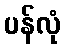
ပန်လုံ